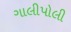
ગાલીપોલી